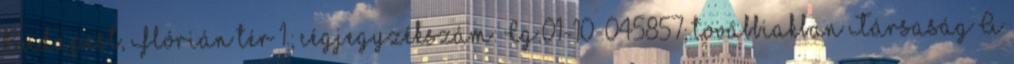
Budapest, Flórián tér 1.; cégjegyzékszám: Cg.01-10-045857; továbbiakban Társaság A